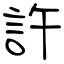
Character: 許